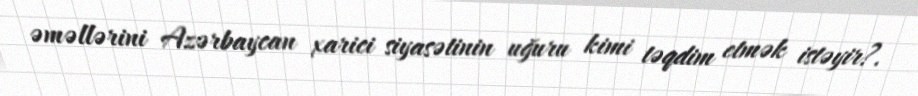
əməllərini Azərbaycan xarici siyasətinin uğuru kimi təqdim etmək istəyir?.